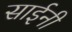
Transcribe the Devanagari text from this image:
साईनी